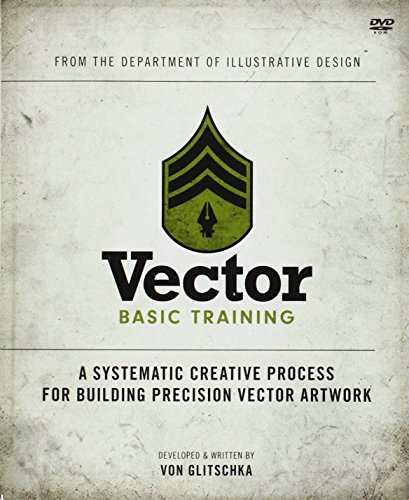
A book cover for Vector Basic Training: A Systematic Creative Process for Building Precision Vector Artwork; Von Glitschka; Computers & Technology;